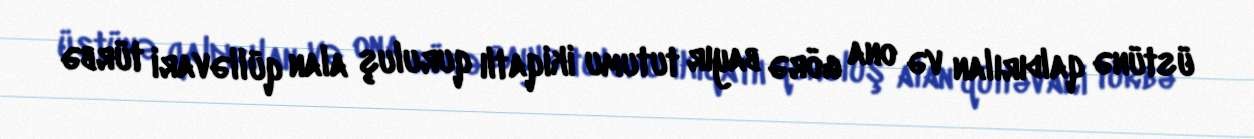
üstünə qaldırılan və ona görə bayır tutumu ikiqatlı quruluş alan qülləvari türbə